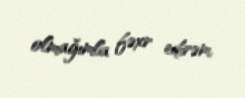
olmağımla fəxr edirəm.